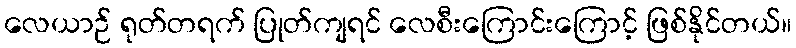
လေယာဉ် ရုတ်တရက် ပြုတ်ကျရင် လေစီးကြောင်းကြောင့် ဖြစ်နိုင်တယ်။